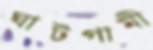
ঘাটগামী